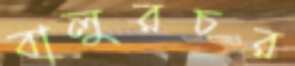
বালুরচর